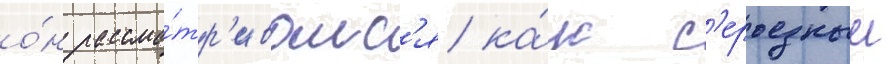
о́н рассма́тр'ивалс'я ка́к с'ерьезныи